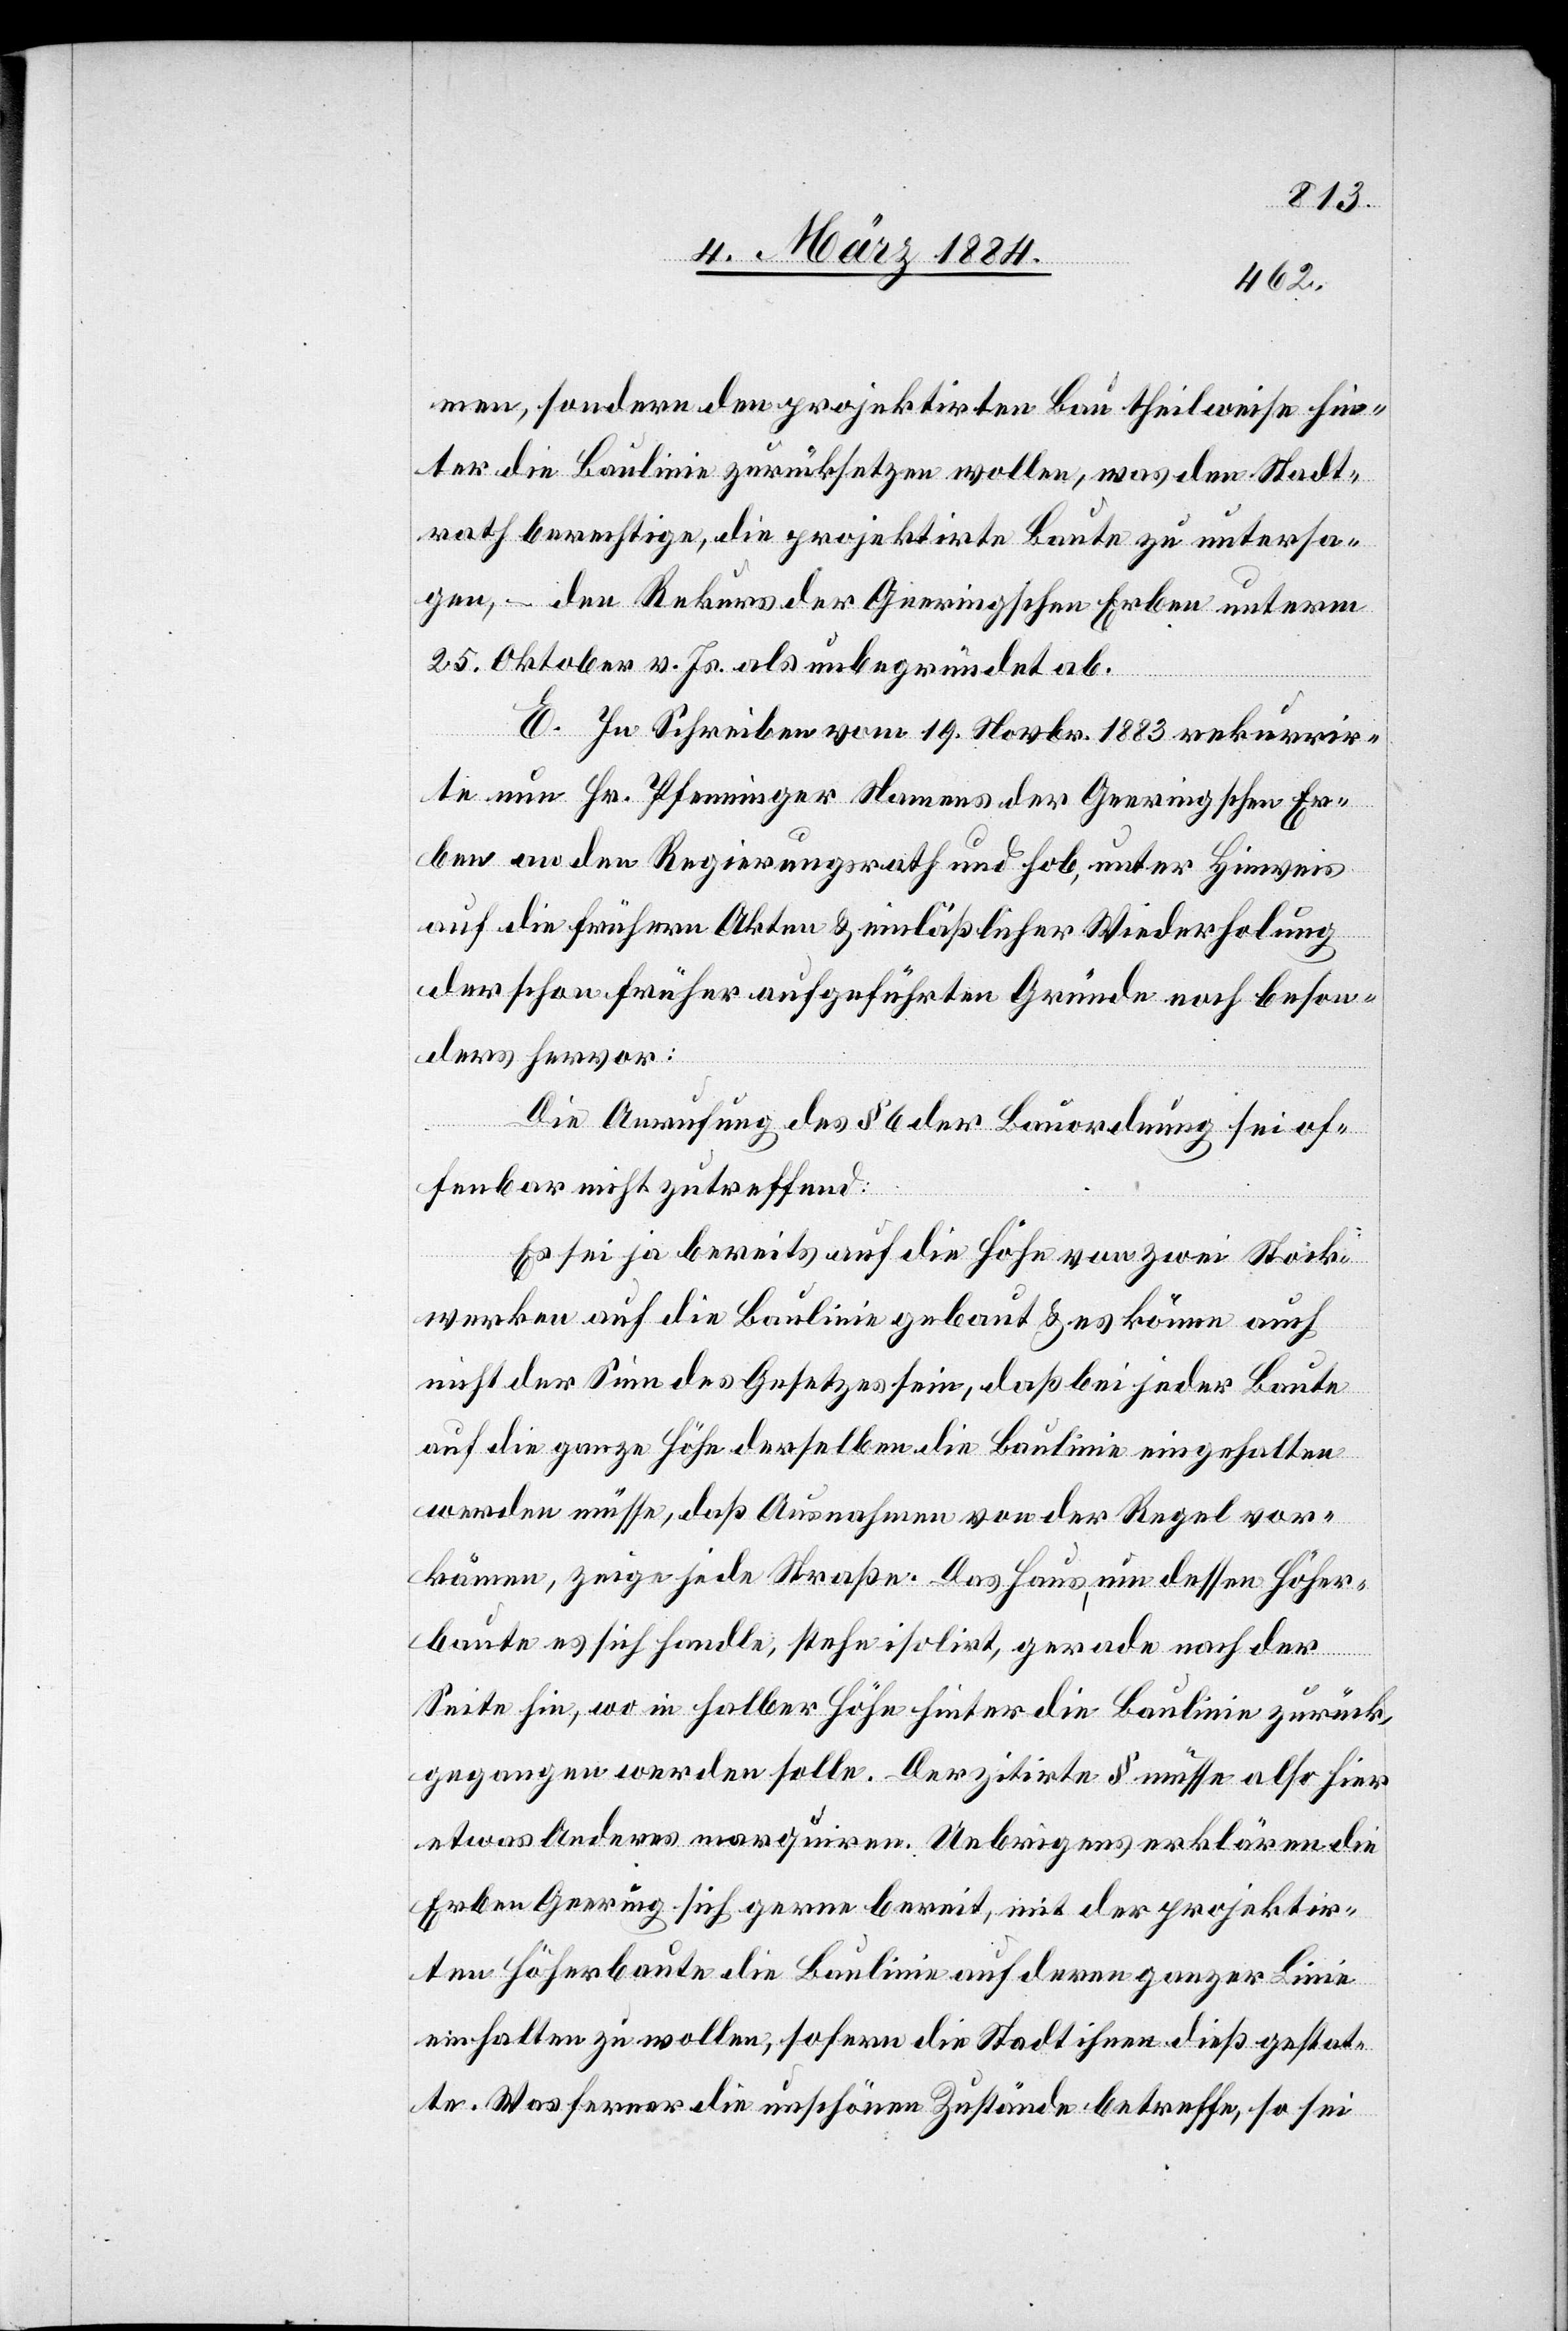
men, sondern den projektirten Bau theilweise hin¬
ter die Baulinie zurücksetzen wollen, was den Stadt¬
rath berechtige, die projektirte Baute zu untersa¬
gen, – den Rekurs der Geeringschen Erben unterm
25. Oktober v. Js. als unbegründet ab.
E. In Schreiben vom 19. Novbr. 1883 rekurrir¬
te nun Hr. Pfenninger Namens der Geeringschen Er¬
ben an den Regierungsrath und hob, unter Hinweis
auf die frühern Akten & einläßlicher Wiederholung
der schon früher aufgeführten Gründe noch beson¬
ders hervor:
Die Anrufung des § 6 der Bauordnung, sei of¬
fenbar nicht zutreffend:
Es sei ja bereits auf der Höhe von zwei Stock¬
werken auf die Baulinie gebaut & es könne auch
nicht der Sinn des Gesetzes sein, daß bei jeder Baute
auf die ganze Höhe derselben die Baulinie eingehalten
werden müsse, daß Ausnahmen von der Regel vor¬
kämen, zeige jede Straße. Das Haus um dessen Höher¬
baute es sich handle, stehe isolirt, gerade nach der
Seite hin, wo in halber Höhe hinter die Baulinie zurück¬
gegangen werden solle. Der zitirte § müsse also hier
etwas Anderes marquiren. Uebrigens erklären die
Erben Geering sich gerne bereit, mit der projektir¬
ten Höherbaute die Baulinie auf deren ganzer Linie
einhalten zu wollen, sofern die Stadt ihnen dieß gestat¬
te. Was ferner die unschönen Zustände betreffe, so sei